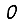
Digit: 0